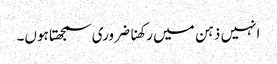
انہیں ذہن میں رکھنا ضروری سمجھتا ہوں۔